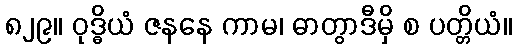
၈၂၉။ ဝုဒ္ဓိယံ ဇနနေ ကာမ၊ ဓာတွာဒီမှိ စ ပတ္တိယံ။